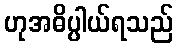
ဟုအဓိပ္ပါယ်ရသည်